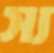
স্য